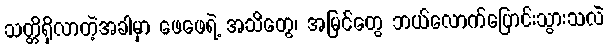
သတ္တိရှိလာတဲ့အခါမှာ ဖေဖေရဲ့ အသိတွေ၊ အမြင်တွေ ဘယ်လောက်ပြောင်းသွားသလဲ